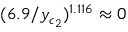
( 6 . 9 / y _ { c _ { 2 } } ) ^ { 1 . 1 1 6 } \approx 0